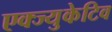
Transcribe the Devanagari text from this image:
एक्ज्युकेटिव